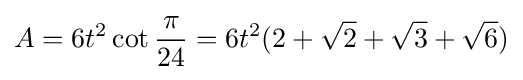
A=6t^{2}\cot {\frac {\pi }{24}}={6}t^{2}(2+{\sqrt {2}}+{\sqrt {3}}+{\sqrt {6}})